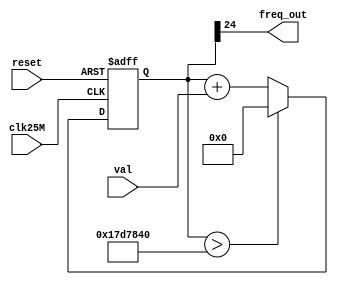
module val2freq(clk25M, reset, val, freq_out);

   input        clk25M, reset;
   input  [7:0] val;
   output       freq_out;

   reg [24:0]    cnt;
   assign freq_out = cnt[24];
   
   always @(posedge clk25M or posedge reset)
   begin
     if (reset) begin
        cnt <= 0;
     end
     else begin
        if (cnt>25000000) cnt <=0;
        else cnt <= cnt + val;
     end
   end
endmodule